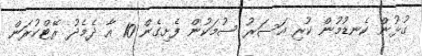
ގުޅުން ކެނޑުމުން ކުރި އަސަރު ސުމަކުން ފެށިގެން 10 އާ ދެމެދު ރޭޓްކުރަން